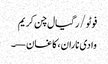
فوٹو/ رگیال چن کریم
وادی ناران، کاغان—۔